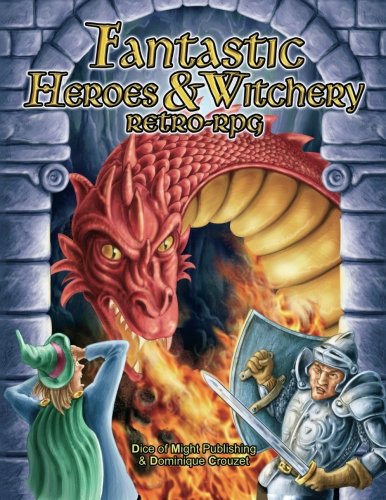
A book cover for Fantastic Heroes & Witchery; Mr Dominique Crouzet; Science Fiction & Fantasy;